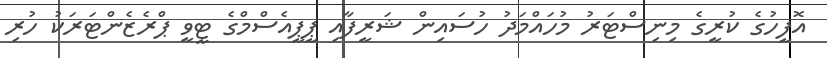
އޮފީހުގެ ކުރީގެ މިނިސްޓަރު މުހައްމަދު ހުސައިން ޝަރީފާއި ޕީޕީއެސްމްގެ ޓީވީ ޕްރެޒެންޓަރަކު ހުރި